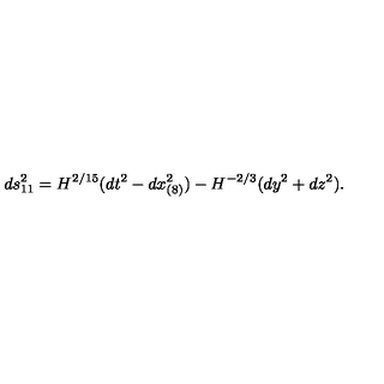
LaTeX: d s _ { 1 1 } ^ { 2 } = H ^ { 2 / 1 5 } ( d t ^ { 2 } - d x _ { ( 8 ) } ^ { 2 } ) - H ^ { - 2 / 3 } ( d y ^ { 2 } + d z ^ { 2 } ) .